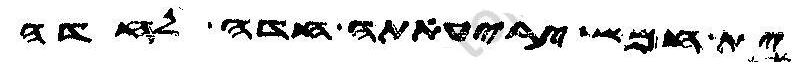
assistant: ית חמש יריעתה חדה לחדה